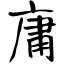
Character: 庸